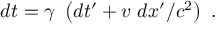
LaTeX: d t = \gamma \ \left( d t ^ { \prime } + v \ d x ^ { \prime } / c ^ { 2 } \right) \ .